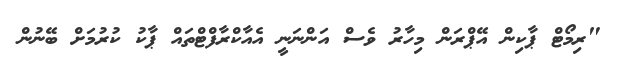
"ރިމޯޓް ޕާކިން އޭޕްރަން މިހާރު ވެސް އަންނަނީ އެއާކްރާފްޓްތައް ޕާކު ކުރުމަށް ބޭނުން